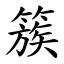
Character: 簇